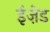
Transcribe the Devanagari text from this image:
ईज़ेड